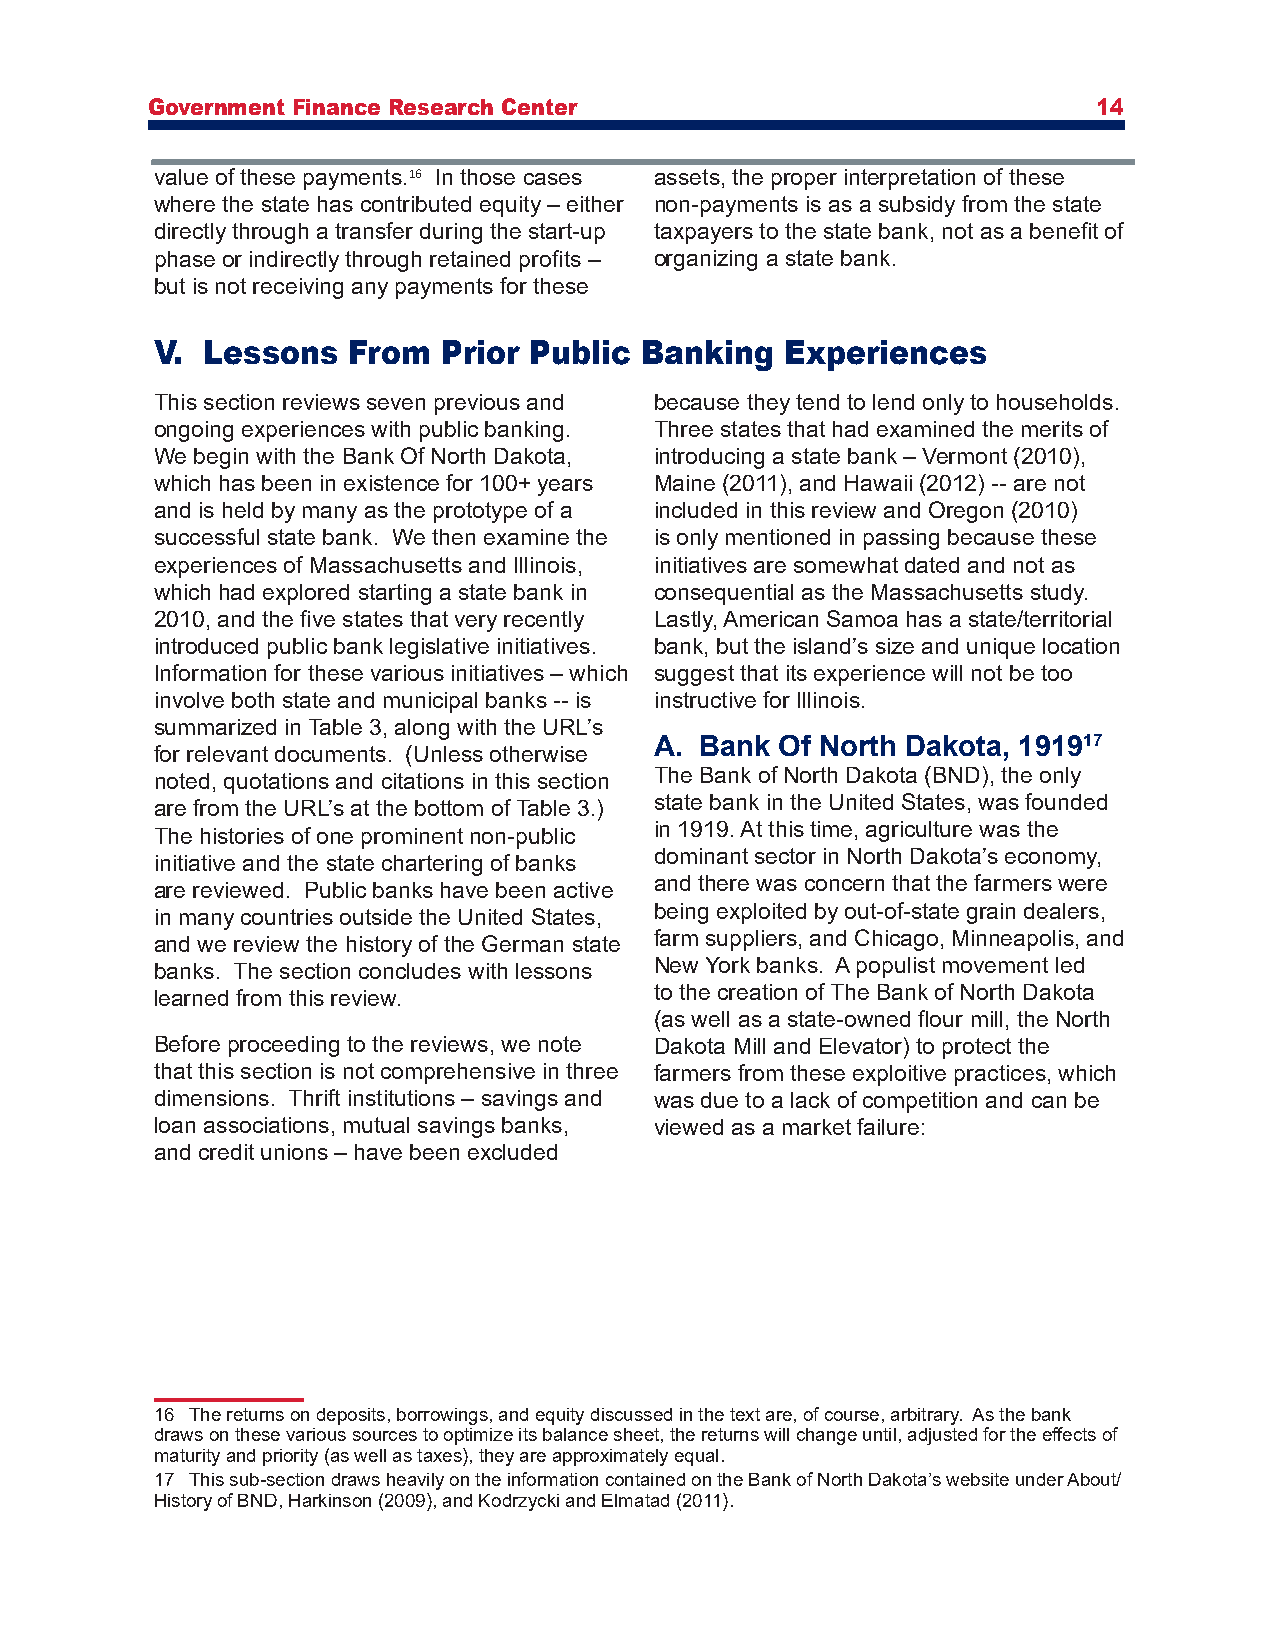
Government Finance Research Center                             14
 value of these payments.16 In those cases assets, the proper interpretation of these
 where the state has contributed equity – either non-payments is as a subsidy from the state
 directly through a transfer during the start-up taxpayers to the state bank, not as a benefit of
 phase or indirectly through retained profits – organizing a state bank.
 but is not receiving any payments for these
 V. Lessons   From  Prior Public Banking   Experiences
 This section reviews seven previous and because they tend to lend only to households.
 ongoing experiences with public banking. Three states that had examined the merits of
 We begin with the Bank Of North Dakota, introducing a state bank – Vermont (2010),
 which has been in existence for 100+ years Maine (2011), and Hawaii (2012) -- are not
 and is held by many as the prototype of a included in this review and Oregon (2010)
 successful state bank. We then examine the is only mentioned in passing because these
 experiences of Massachusetts and Illinois, initiatives are somewhat dated and not as
 which had explored starting a state bank in consequential as the Massachusetts study.
 2010, and the five states that very recently Lastly, American Samoa has a state/territorial
 introduced public bank legislative initiatives. bank, but the island’s size and unique location
 Information for these various initiatives – which suggest that its experience will not be too
 involve both state and municipal banks -- is instructive for Illinois.
 summarized in Table 3, along with the URL’s
 A. Bank  Of North Dakota, 191917
 for relevant documents. (Unless otherwise
 noted, quotations and citations in this section The Bank of North Dakota (BND), the only
 are from the URL’s at the bottom of Table 3.) state bank in the United States, was founded
 The histories of one prominent non-public in 1919. At this time, agriculture was the
 initiative and the state chartering of banks dominant sector in North Dakota’s economy,
 are reviewed. Public banks have been active and there was concern that the farmers were
 in many countries outside the United States, being exploited by out-of-state grain dealers,
 and we review the history of the German state farm suppliers, and Chicago, Minneapolis, and
 banks. The section concludes with lessons New York banks. A populist movement led
 learned from this review.        to the creation of The Bank of North Dakota
 (as well as a state-owned flour mill, the North
 Before proceeding to the reviews, we note Dakota Mill and Elevator) to protect the
 that this section is not comprehensive in three farmers from these exploitive practices, which
 dimensions. Thrift institutions – savings and was due to a lack of competition and can be
 loan associations, mutual savings banks, viewed as a market failure:
 and credit unions – have been excluded
 16 The returns on deposits, borrowings, and equity discussed in the text are, of course, arbitrary. As the bank
 draws on these various sources to optimize its balance sheet, the returns will change until, adjusted for the effects of
 maturity and priority (as well as taxes), they are approximately equal.
 17 This sub-section draws heavily on the information contained on the Bank of North Dakota’s website under About/
 History of BND, Harkinson (2009), and Kodrzycki and Elmatad (2011).